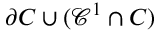
\partial C \cup ( \mathcal { C } ^ { 1 } \cap C )